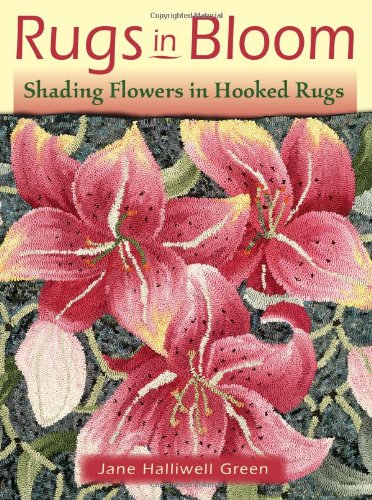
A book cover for Rugs in Bloom: Shading Flowers in Hooked Rugs; Jane Halliwell Green; Crafts, Hobbies & Home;